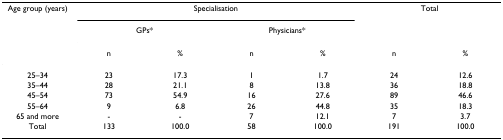
<table><thead><tr><td><b>Age group (years)</b></td><td colspan="4"><b>Specialisation</b></td><td colspan="2"><b>Total</b></td></tr><tr><td></td><td colspan="2"><b>GPs*</b></td><td colspan="2"><b>Physicians*</b></td><td></td><td></td></tr><tr><td></td><td><b>n</b></td><td><b>%</b></td><td><b>n</b></td><td><b>%</b></td><td><b>n</b></td><td><b>%</b></td></tr></thead><tbody><tr><td>25–34</td><td>23</td><td>17.3</td><td>1</td><td>1.7</td><td>24</td><td>12.6</td></tr><tr><td>35–44</td><td>28</td><td>21.1</td><td>8</td><td>13.8</td><td>36</td><td>18.8</td></tr><tr><td>45–54</td><td>73</td><td>54.9</td><td>16</td><td>27.6</td><td>89</td><td>46.6</td></tr><tr><td>55–64</td><td>9</td><td>6.8</td><td>26</td><td>44.8</td><td>35</td><td>18.3</td></tr><tr><td>65 and more</td><td>-</td><td>-</td><td>7</td><td>12.1</td><td>7</td><td>3.7</td></tr><tr><td>Total</td><td>133</td><td>100.0</td><td>58</td><td>100.0</td><td>191</td><td>100.0</td></tr></tbody></table>